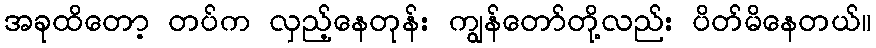
အခုထိတော့ တပ်က လှည့်နေတုန်း ကျွန်တော်တို့လည်း ပိတ်မိနေတယ်။